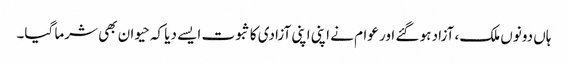
ہاں دونوں ملک، آزاد ہو گئے اور عوام نے اپنی اپنی آزادی کا ثبوت ایسے دیا کہ حیوان بھی شرما گیا۔